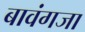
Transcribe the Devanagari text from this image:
बावंगजा